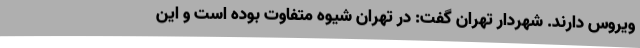
ویروس دارند. شهردار تهران گفت: در تهران شیوه متفاوت بوده است و این